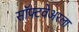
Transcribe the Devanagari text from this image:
सॉफ्टवेअरला